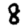
Digit: 8